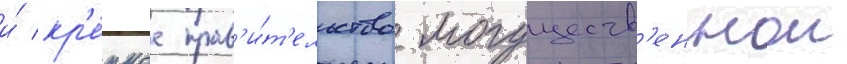
и́ кр'е́пкое прав'и́т'ельство могуществ'еннои